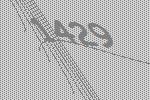
1429